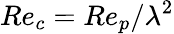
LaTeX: Re_{c}=Re_{p}/\lambda^{2}